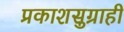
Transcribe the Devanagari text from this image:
प्रकाशसुग्राही